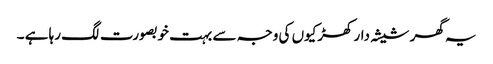
یہ گھر شیشہ دار کھڑکیوں کی وجہ سے بہت خوبصورت لگ رہا ہے ۔